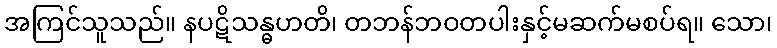
အကြင်သူသည်။ နပဋိသန္ဓဟတိ၊ တဘန်ဘဝတပါးနှင့်မဆက်မစပ်ရ။ သော၊